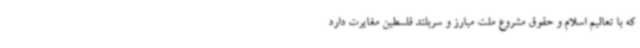
که با تعالیم اسلام و حقوق مشروع ملت مبارز و سربلند فلسطین مغایرت دارد